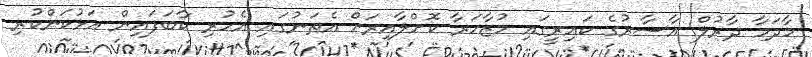
މާދަމާ ދާރުލް އާސާރުގެ ކައިރީގައި މުޒާހަރާ ކޮށްލާއިރަށް އެތަނުގައި އެހުރި ކާބަފައިން އަޅުކަންކުރި